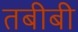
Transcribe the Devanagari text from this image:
तबीबी